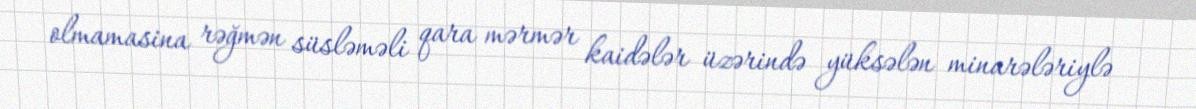
olmamasina rəğmən süsləməli qara mərmər kaidələr üzərində yüksələn minarələriylə